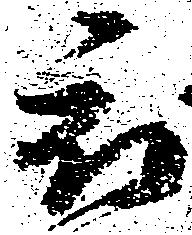
被